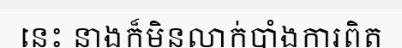
នេះ នាងក៏មិនលាក់បាំងការពិត